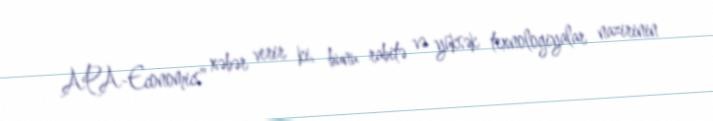
APA-Economics" xəbər verir ki, bunu rabitə və yüksək texnologiyalar nazirinin